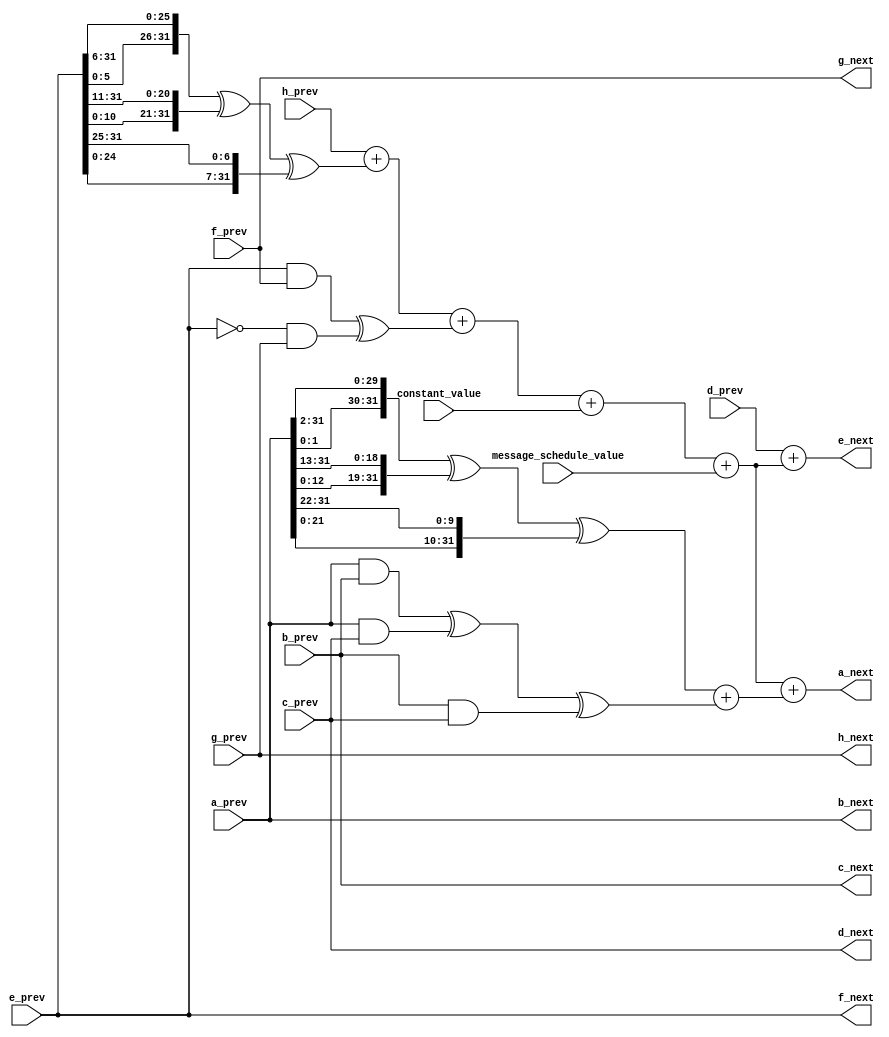
module round_operator #(parameter WORD_SIZE = 32) (
  output [WORD_SIZE:1] a_next,
  output [WORD_SIZE:1] b_next,
  output [WORD_SIZE:1] c_next,
  output [WORD_SIZE:1] d_next,
  output [WORD_SIZE:1] e_next,
  output [WORD_SIZE:1] f_next,
  output [WORD_SIZE:1] g_next,
  output [WORD_SIZE:1] h_next,
  input [WORD_SIZE:1] a_prev,
  input [WORD_SIZE:1] b_prev,
  input [WORD_SIZE:1] c_prev,
  input [WORD_SIZE:1] d_prev,
  input [WORD_SIZE:1] e_prev,
  input [WORD_SIZE:1] f_prev,
  input [WORD_SIZE:1] g_prev,
  input [WORD_SIZE:1] h_prev,
  input [WORD_SIZE:1] message_schedule_value,
  input [WORD_SIZE:1] constant_value
  );
  
  wire [WORD_SIZE:1] T_1 =   h_prev
            + Sigma_1(e_prev)
            + Ch(e_prev, f_prev, g_prev)
            + constant_value
            + message_schedule_value;
  
  wire [WORD_SIZE:1] T_2 =   Sigma_0(a_prev)
            + Maj(a_prev, b_prev, c_prev);
  
  assign h_next = g_prev, //h = g
  g_next = f_prev, //g = f
  f_next = e_prev, //f = e
  e_next = d_prev + T_1, //e = d + T_1
  d_next = c_prev, // d = c
  c_next = b_prev, // c = b
  b_next = a_prev, // b = a
  a_next = T_1 + T_2; // a = T_1 + T_2
  
  function [WORD_SIZE:1] Ch;
    input [WORD_SIZE:1] x, y, z;
    Ch = (x & y) ^ (~x & z);
  endfunction
  
  function [WORD_SIZE:1] Maj;
    input [WORD_SIZE:1] x, y, z;
    Maj = (x & y) ^ (x & z) ^ (y & z);
  endfunction
  
  function [WORD_SIZE:1] Sigma_0;
    input [WORD_SIZE:1] x;
    Sigma_0 =   ( {x[2:1], x[WORD_SIZE:3]} ) 
              ^ ( {x[13:1], x[WORD_SIZE:14]} ) 
              ^ ( {x[22:1], x[WORD_SIZE:23]} );
  endfunction
  
  function [WORD_SIZE:1] Sigma_1;
    input [WORD_SIZE:1] x;
    Sigma_1 =   ( {x[6:1], x[WORD_SIZE:7]} ) 
              ^ ( {x[11:1], x[WORD_SIZE:12]} ) 
              ^ ( {x[25:1], x[WORD_SIZE:26]} );
  endfunction
  
endmodule